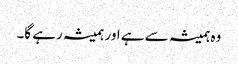
وہ ہمیشہ سے ہے اور ہمیشہ رہے گا۔